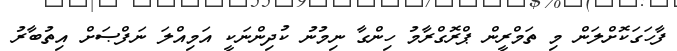
ފާހަގަކޮށްލަން މި ތަމްރީން ޕްރޮގްރާމު ހިންގާ ނިމުނު ކުދިންނަކީ އަމިއްލަ ނަފްޞަށް އިތުބާރު